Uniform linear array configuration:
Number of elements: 48
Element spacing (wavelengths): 0.75
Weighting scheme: exponential
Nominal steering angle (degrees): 45
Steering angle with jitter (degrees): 46.783
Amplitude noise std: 0.05
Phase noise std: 0.05

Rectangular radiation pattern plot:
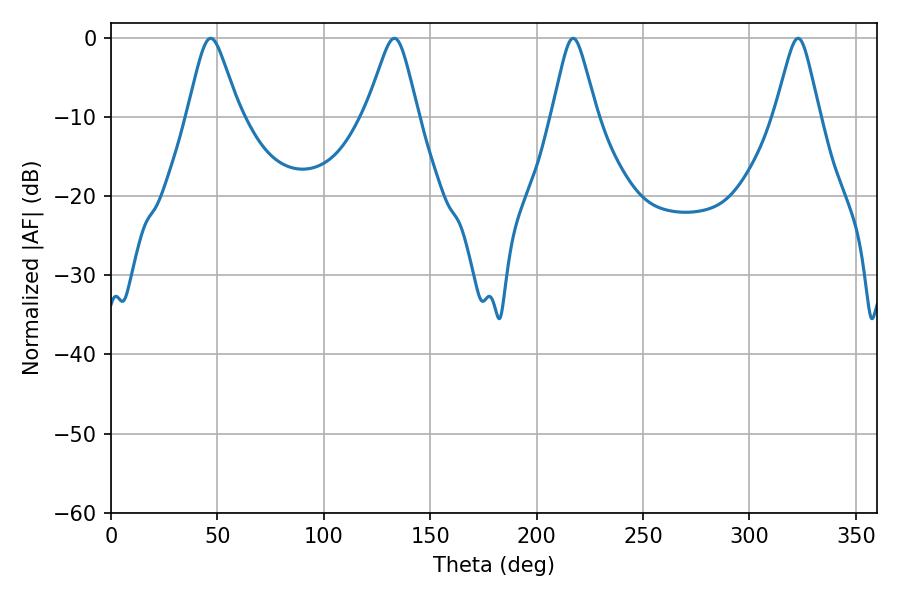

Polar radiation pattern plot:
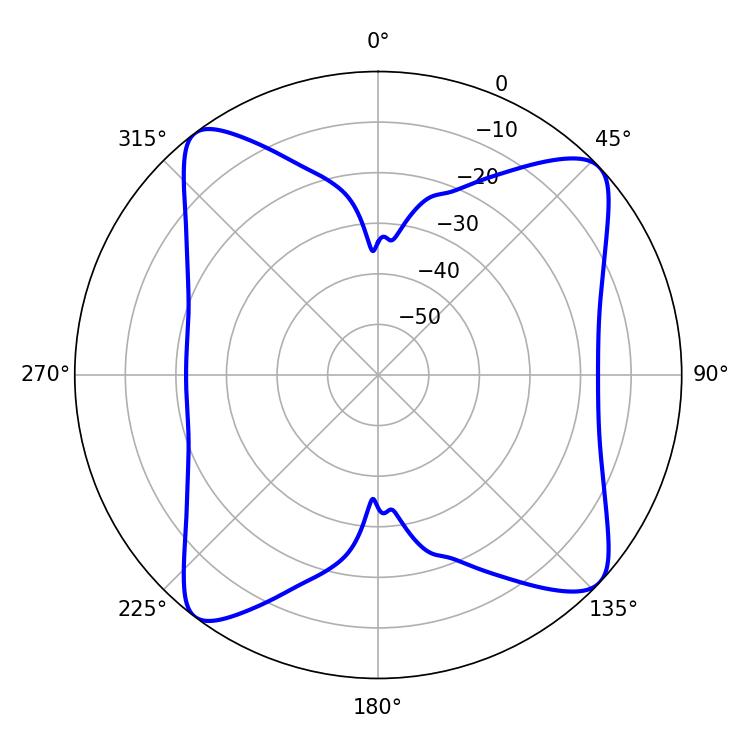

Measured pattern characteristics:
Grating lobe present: TRUE
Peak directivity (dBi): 12.245
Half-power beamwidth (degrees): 11.52
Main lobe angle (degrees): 46.8